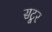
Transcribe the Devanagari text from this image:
सटूर